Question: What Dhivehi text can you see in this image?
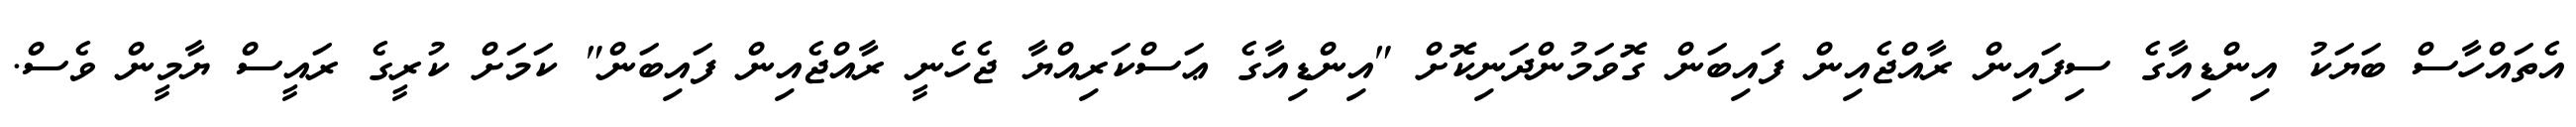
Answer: އެތައްހާސް ބަޔަކު އިންޑިއާގެ ސިފައިން ރާއްޖެއިން ފައިބަން ގޮވަމުންދަނިކޮށް "އިންޑިއާގެ ޢަސްކަރިއްޔާ ޖެހެނީ ރާއްޖެއިން ފައިބަން" ކަމަށް ކުރީގެ ރައީސް ޔާމީން ވެސް.